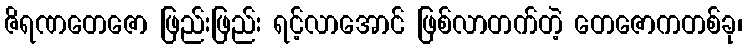
ဇိရဏတေဇော ဖြည်းဖြည်း ရင့်လာအောင် ဖြစ်လာတက်တဲ့ တေဇောကတစ်ခု၊